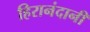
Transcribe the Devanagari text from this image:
हिरानंदानी